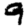
Digit: 9